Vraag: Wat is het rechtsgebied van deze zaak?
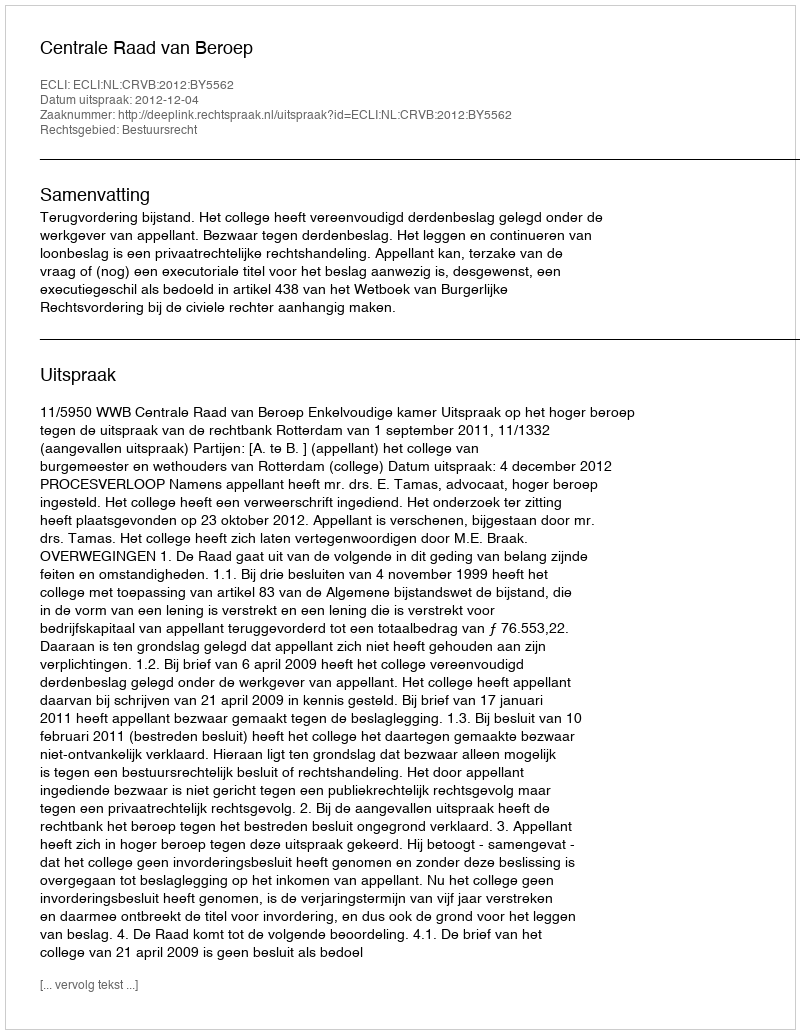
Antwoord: Bestuursrecht